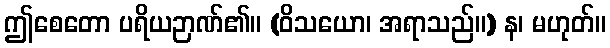
ဤစေတော ပရိယဉာဏ်၏။ (ဝိသယော၊ အရာသည်။) န၊ မဟုတ်။